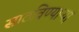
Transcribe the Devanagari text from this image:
साठविण्याऱ्या